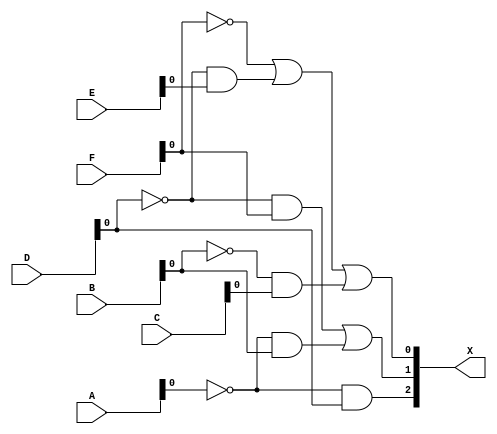
module cell_selector(
    input [1:0] F,
    input [1:0] E,
    input [1:0] D,
    input [1:0] C,
    input [1:0] B,
    input [1:0] A,
    output [2:0] X
    );
    assign X[0] = ~F | (~D & E) | (~B & C);
    assign X[1] = (~D & F) | (~A &  B);
    assign X[2] = ~A & D;
endmodule